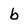
Character: b